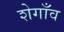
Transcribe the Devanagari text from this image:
शेगाँव